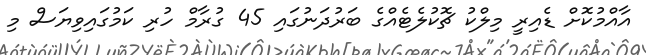
އާއްމުކޮށް ޑެއިރީ މިލްކު ޗޮކުލެޓެއްގެ ބަރުދަނުގައި 45 ގުރާމް ހުރި ކަމުގައިވިޔަސް މި